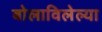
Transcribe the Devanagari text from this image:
बोलाविलेल्या